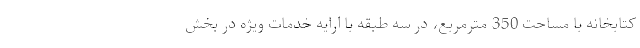
کتابخانه با مساحت 350 مترمربع، در سه طبقه با ارایه خدمات ویژه در بخش